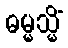
ဓမ္မသ္မိံ